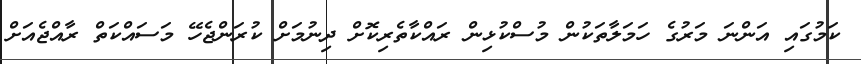
ކަމުގައި އަންނަ މަރުގެ ހަމަލާތަކުން މުސްކުޅިން ރައްކާތެރިކޮށް ދިނުމަށް ކުރަންޖެހޭ މަސައްކަތް ރާއްޖެއަށް